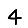
Digit: 4